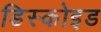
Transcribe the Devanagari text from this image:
डिस्कोइड